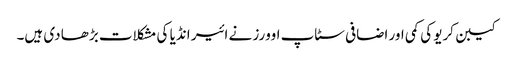
کیبن کریو کی کمی اور اضافی سٹاپ اوورز نے ائیر انڈیا کی مشکلات بڑھا دی ہیں۔